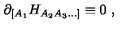
\partial _ { [ A _ { 1 } } H _ { A _ { 2 } A _ { 3 } \ldots ] } \equiv 0 \ ,